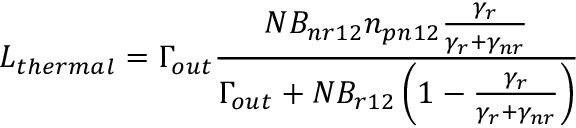
L _ { t h e r m a l } = \Gamma _ { o u t } \frac { N B _ { n r 1 2 } n _ { p n 1 2 } \frac { \gamma _ { r } } { \gamma _ { r } + \gamma _ { n r } } } { \Gamma _ { o u t } + N B _ { r 1 2 } \left( 1 - \frac { \gamma _ { r } } { \gamma _ { r } + \gamma _ { n r } } \right) }